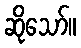
ဆိုသော်။